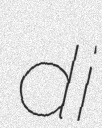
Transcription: di